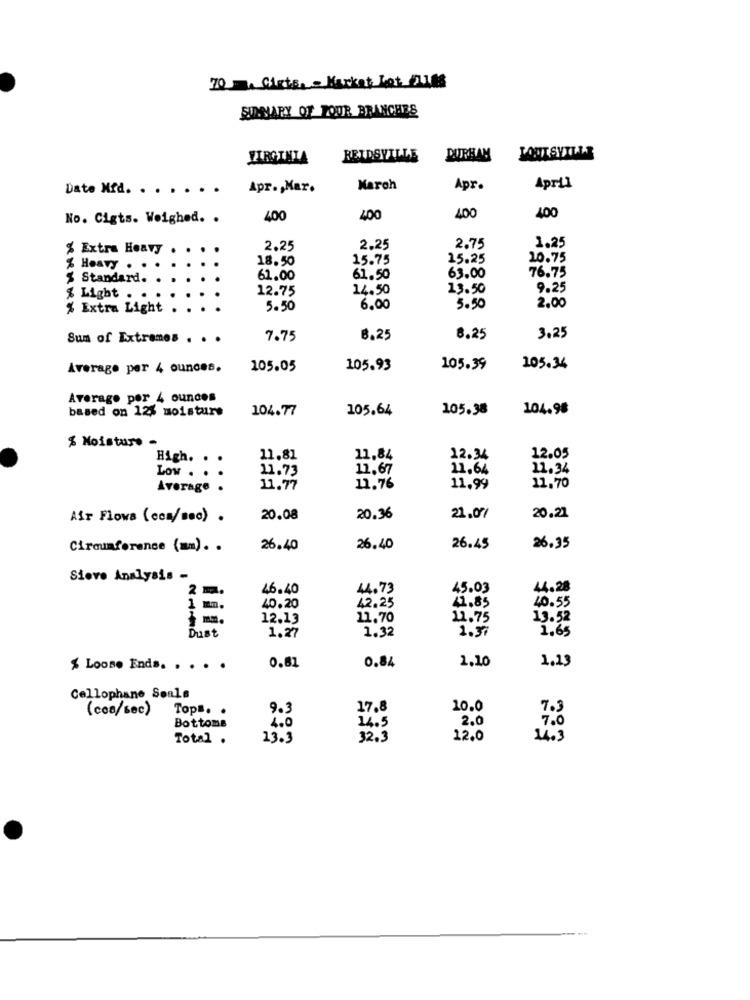
70 Girte, - Market Lot ALLES
SIDINARY OF FOUR BRANCHES
VIRGINIA
REIDSVILLE
DURHAM
Date Mfd. . . . . . .
Apr. , Mar.
March
Apr.
April
400
No. Cigts. Weighed. .
400
400
400
% Extra Heavy
2.25
2.25
2.75
1.25
18.50
15.75
25.25
20.75
% Heavy . .
76.75
$ Standard.
61.00
61.50
63.00
12.75
14.50
13.50
9.25
& Light .
% Extra Light
5.50
6.00
5.50
2.00
Sum of Extremes . . .
7.75
8.25
8.25
3.25
Average per 4 ounces.
105.05
105.93
105.39
105.34
Average por 4 ounces
based on 12% moisture
104.77
105.64
105.38
104.98
% Moisture -
12.05
High. ..
11.81
11,84
12.34
11.73
11.67
11.64
21.34
Low . .
11.70
Average .
11.77
11.76
11.99
20.21
Air Flowa (com/seo) .
20.08
20.36
21.07
Circumference (mm). .
26.40
26.40
26.45
26.35
Sieve Analysis -
2 m.
46.40
44.73
45.03
44.28
42.25
40.55
1 m.
40.20
41.85
12.13
11.70
11.75
13.52
1.32
1.50
1.65
Dust
1.27
0.61
0.84
1.10
1.13
% Loose Ends. . . . .
Cellophane Seals
(coa/sec)
Tops. .
9.3
17.8
10.0
7.3
Bottoms
14.5
2.0
4.0
7.0
Total .
13.3
32.3
12.0
14.3